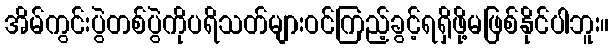
အိမ်ကွင်းပွဲတစ်ပွဲကိုပရိသတ်များဝင်ကြည့်ခွင့်ရရှိဖို့မဖြစ်နိုင်ပါဘူး။